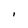
Character: I